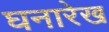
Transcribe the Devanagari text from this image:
घनारेख